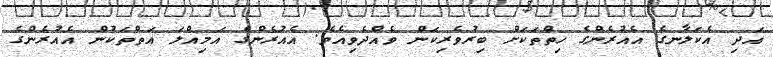
އަދި އެކަލާނގެ އެއުރެންގެ ހިތްތަކަށް ބިރުވެރިކަން ވެއްދެވިއެވެ. އެއުރެންގެ އަމިއްލަ އަތްތަކުން އެއުރެންގެ